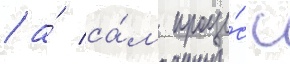
/ а́ са́м проце́сс